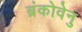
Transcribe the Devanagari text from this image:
ब्रंकोवेनु